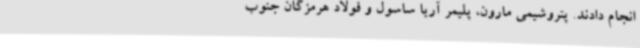
انجام دادند. پتروشیمی مارون، پلیمر آریا ساسول و فولاد هرمزگان جنوب